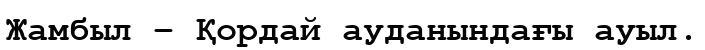
Жамбыл – Қордай ауданындағы ауыл.